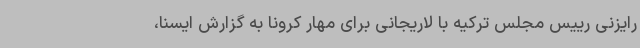
رایزنی رییس مجلس ترکیه با لاریجانی برای مهار کرونا به گزارش ایسنا،